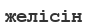
желісін